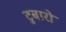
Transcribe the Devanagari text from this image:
टुबारो